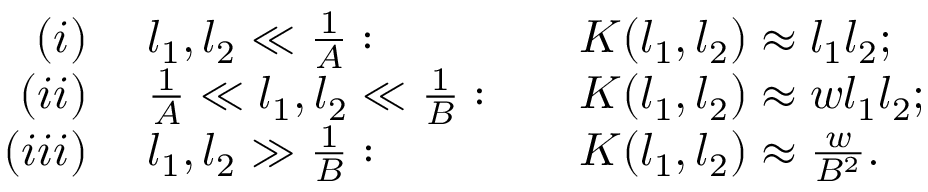
\begin{array} { r l l } { { ( i ) } } & { { \; l _ { 1 } , l _ { 2 } \ll { \frac { 1 } { A } } : \quad } } & { { K ( l _ { 1 } , l _ { 2 } ) \approx l _ { 1 } l _ { 2 } ; } } \\ { { ( i i ) } } & { { \; { \frac { 1 } { A } } \ll l _ { 1 } , l _ { 2 } \ll { \frac { 1 } { B } } : \quad } } & { { K ( l _ { 1 } , l _ { 2 } ) \approx w l _ { 1 } l _ { 2 } ; } } \\ { { ( i i i ) } } & { { \; l _ { 1 } , l _ { 2 } \gg { \frac { 1 } { B } } : \quad } } & { { K ( l _ { 1 } , l _ { 2 } ) \approx { \frac { w } { B ^ { 2 } } } . } } \end{array}